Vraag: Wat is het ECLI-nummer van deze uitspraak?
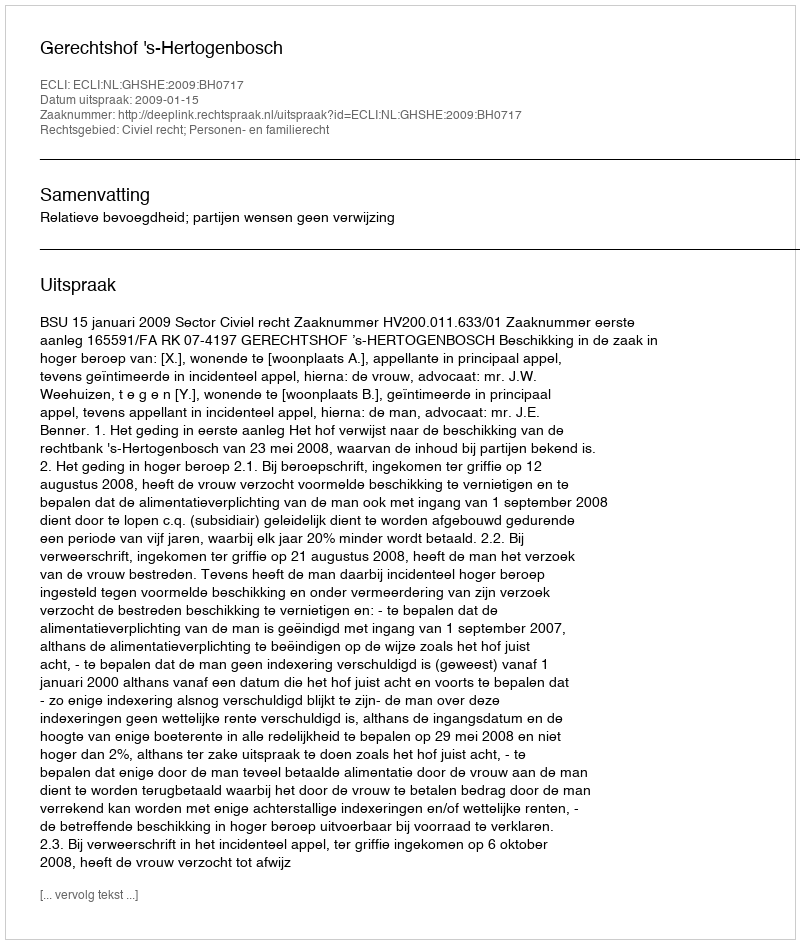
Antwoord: ECLI:NL:GHSHE:2009:BH0717